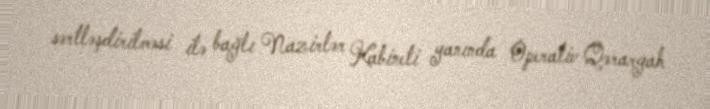
sərtləşdirilməsi ilə bağlı Nazirlər Kabineti yanında Operativ Qərargah